65_HS1-834228961_62-HQ-83894_Section_9
Agency: FBI
Page 164
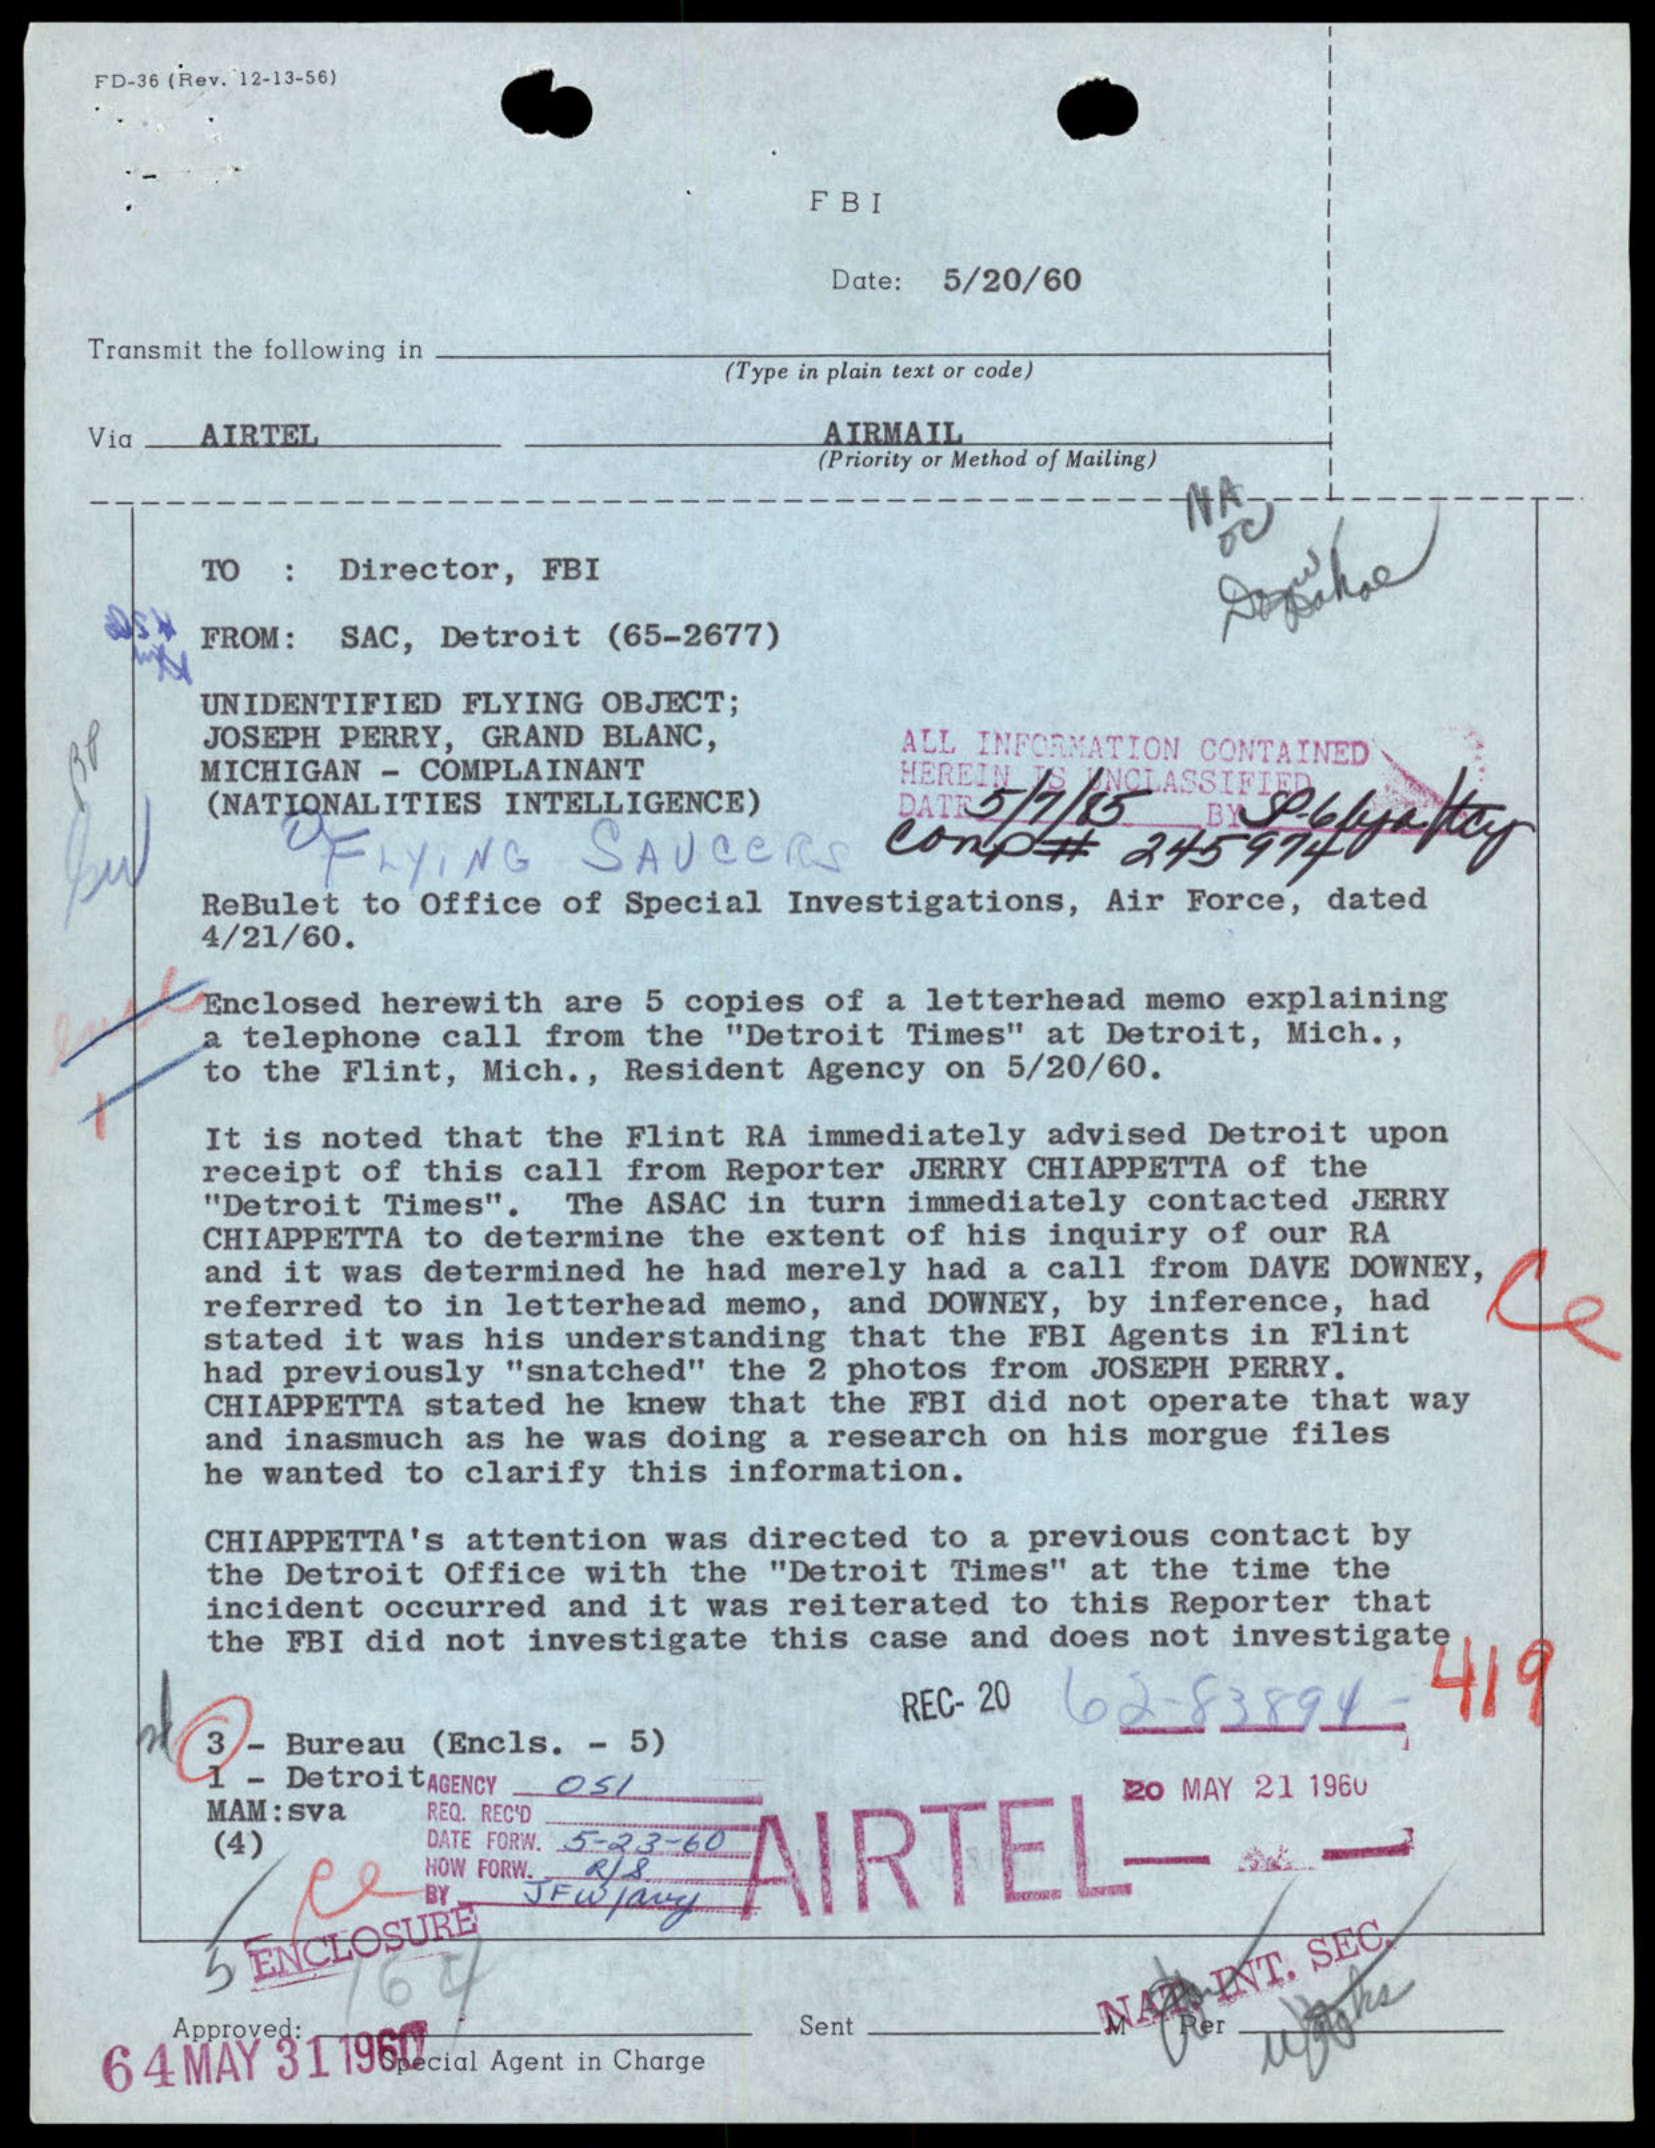